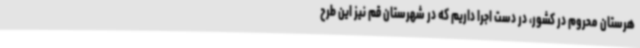
هرستان محروم در کشور، در دست اجرا داریم که در شهرستان قم نیز این طرح